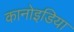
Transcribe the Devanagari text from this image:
कानोइडिया